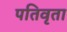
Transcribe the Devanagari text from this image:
पतिवृता